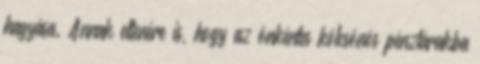
hagyása. Annak ellenére is, hogy az önkéntes kölcsönös pénztárakba